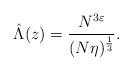
LaTeX: \begin{align*}\hat{\Lambda}(z)=\frac{N^{3\varepsilon}}{(N\eta)^{\frac13}}. \end{align*}